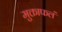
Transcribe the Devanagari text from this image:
मुक्ताफलं